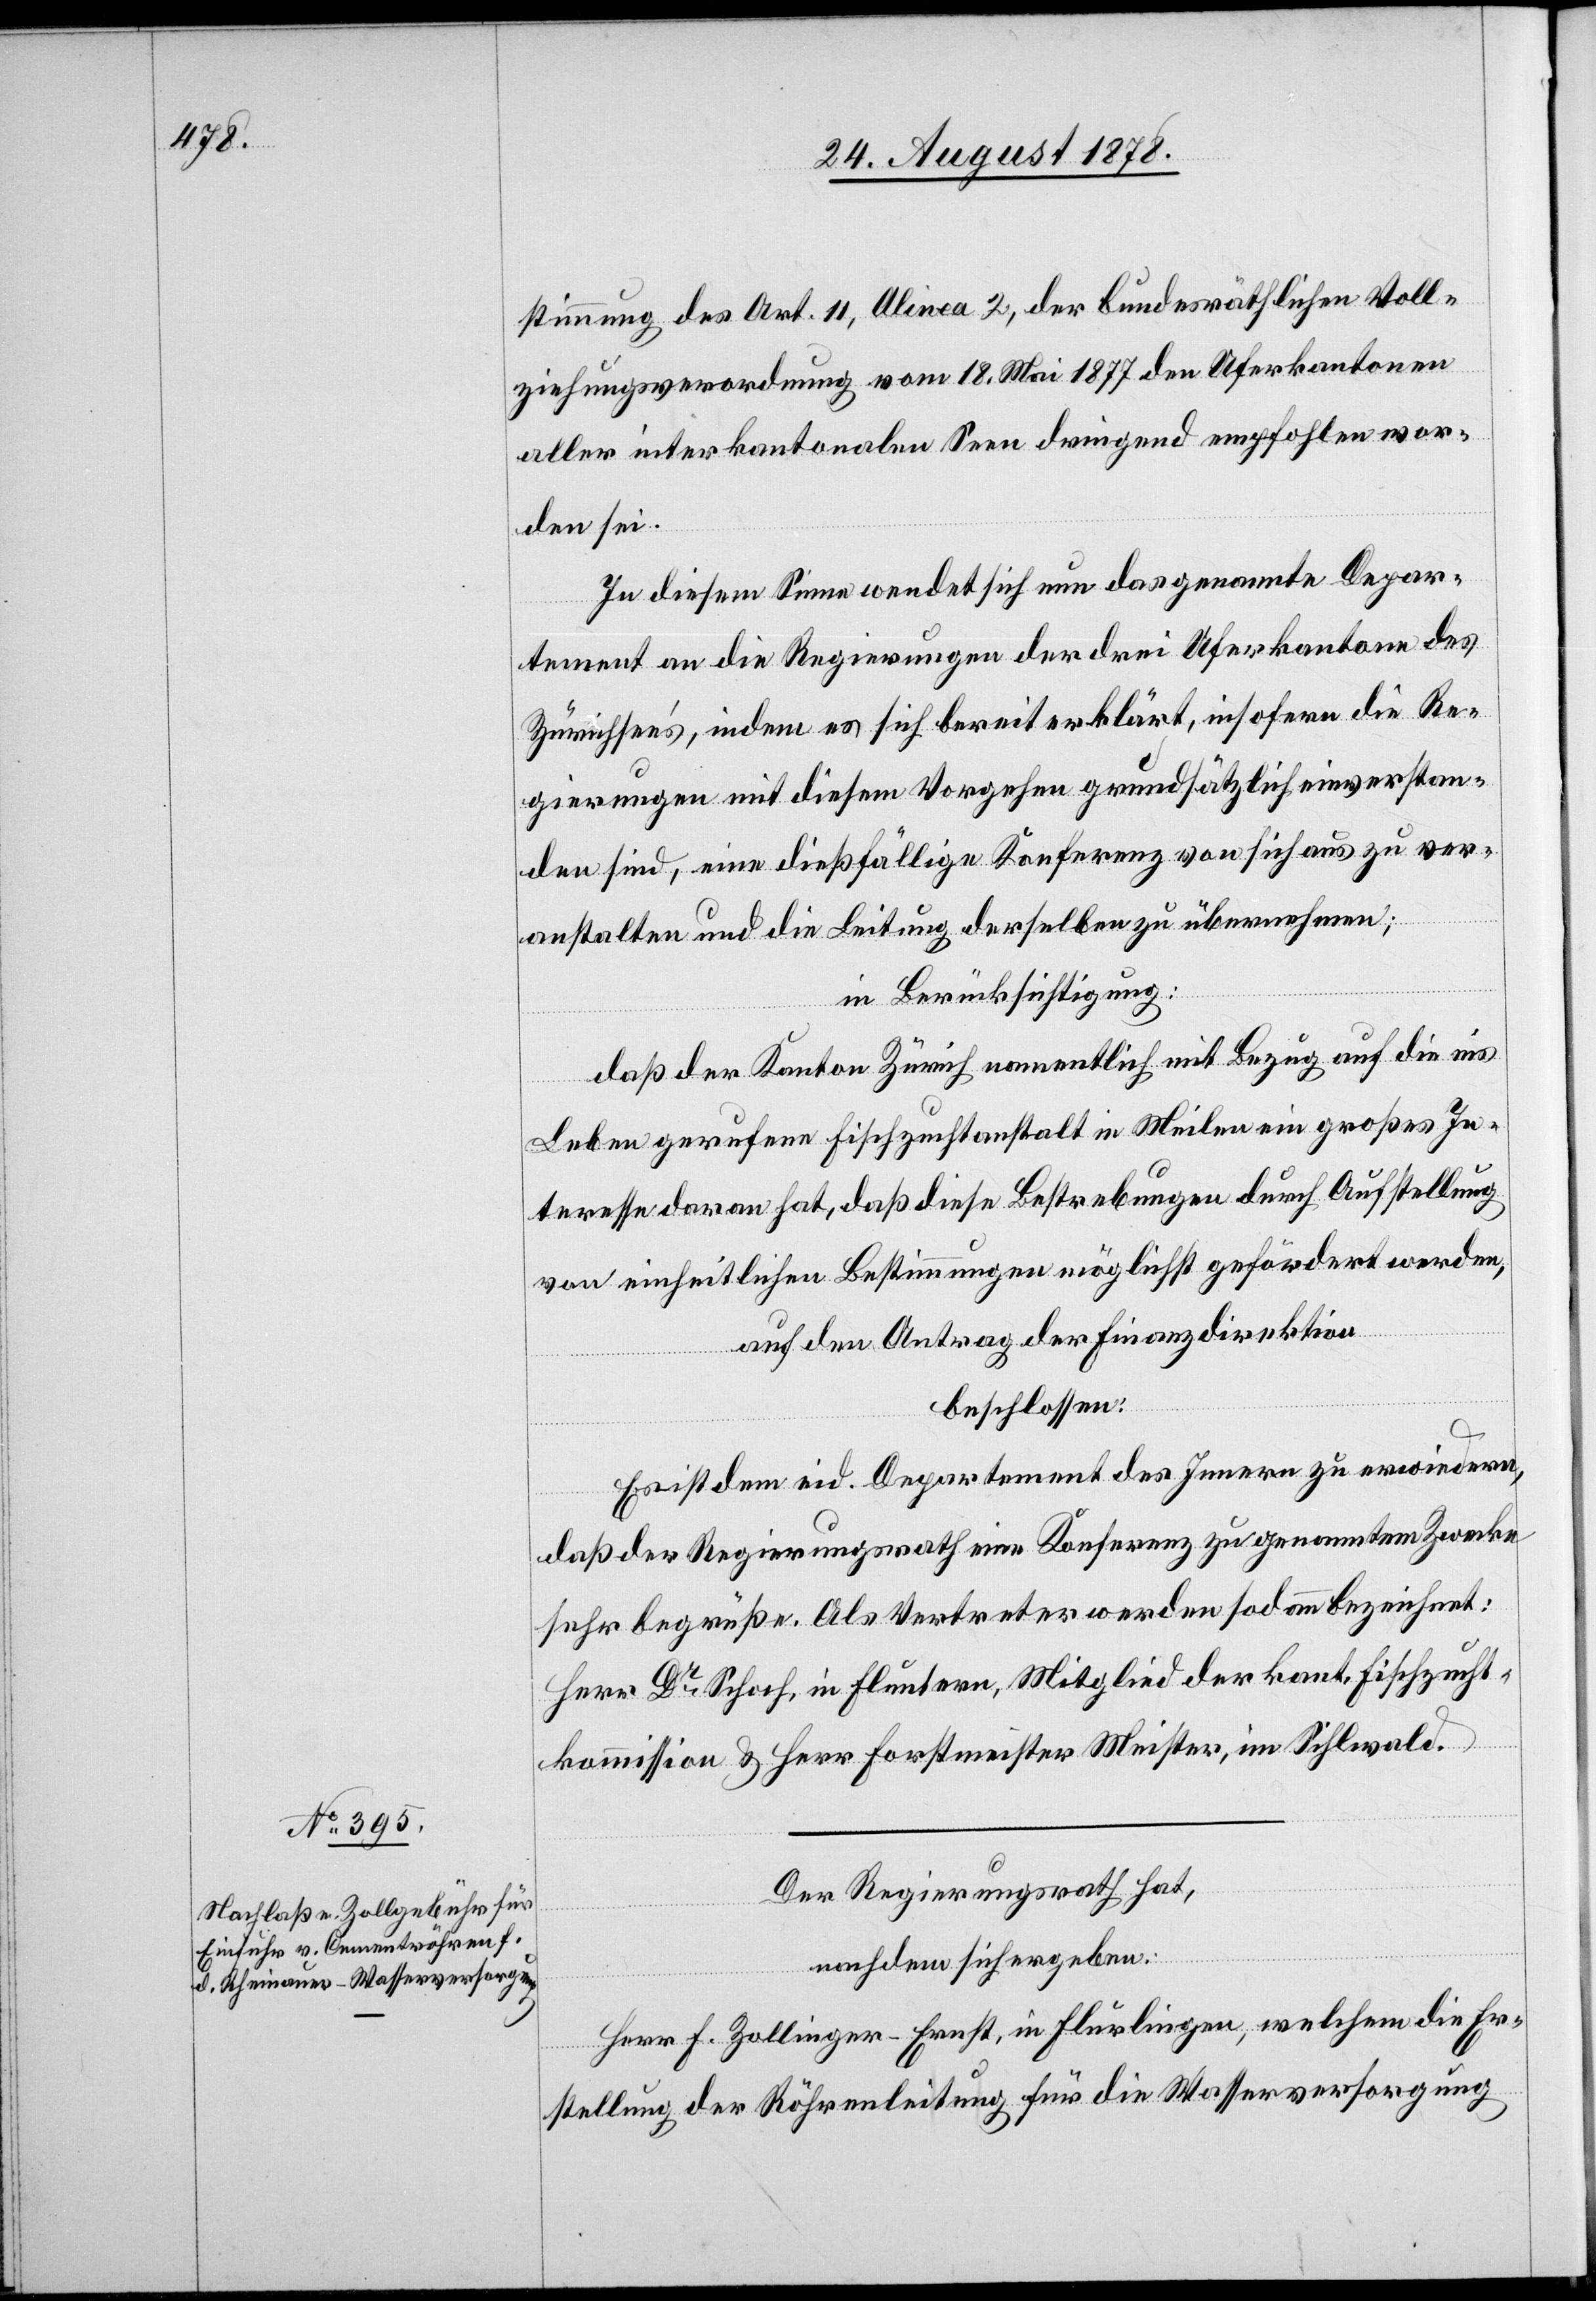
Der Regierungsrath hat,
nachdem sich ergeben:
Herr F. Zollinger-Ernst, in Flurlingen, welchem die Er¬
stellung der Röhrenleitung für die Wasserversorgung